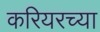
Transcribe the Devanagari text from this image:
करियरच्या